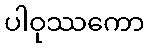
ပါဝုဿကော